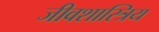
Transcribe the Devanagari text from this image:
जीवशास्त्रिय